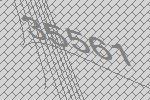
35561